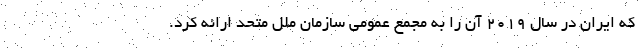
که ایران در سال 2019 آن را به مجمع عمومی سازمان ملل متحد ارائه کرد.